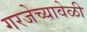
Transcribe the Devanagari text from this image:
गरजेच्यावेळी